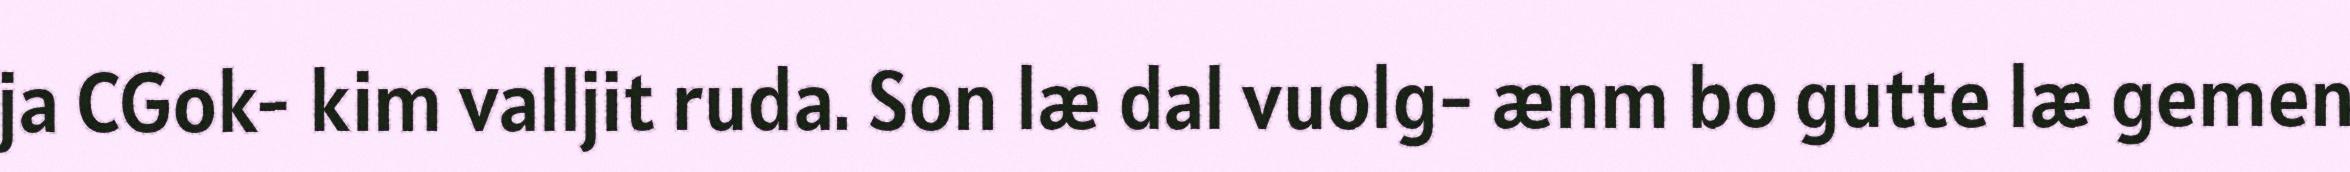
ja CGok- kim valljit ruda. Son læ dal vuolg- ænm bo gutte læ gemen